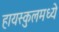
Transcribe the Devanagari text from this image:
हायस्कुलमध्ये